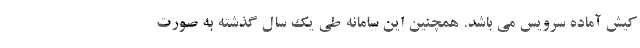
کیش آماده سرویس می باشد. همچنین این سامانه طی یک سال گذشته به صورت